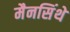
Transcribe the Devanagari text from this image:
मैनसिंथे